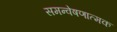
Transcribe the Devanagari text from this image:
समन्वेषणात्मक